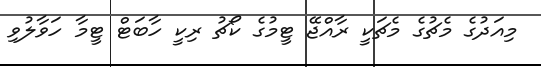
މިއަދުގެ މެޗުގެ މެޗަކީ ރާއްޖޭ ޓީމުގެ ކޯޗު ރިކީ ހާބަޓް ޓީމާ ހަވާލުވި